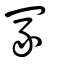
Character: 塚